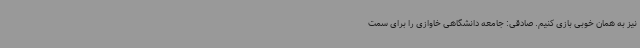
نیز به همان خوبی بازی کنیم. صادقی: جامعه دانشگاهی خاوازی را برای سمت